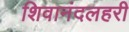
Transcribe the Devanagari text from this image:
शिवानंदलहरी